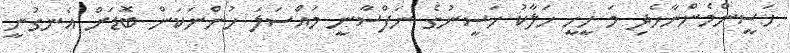
ހަސީންމެންނާހެދި މަ ހީހީ ހަލާކު ހަސީނުގެ ނަފްސާނީ މައްސަލަ ހުންނަކަން ބޮޑަށް އެނގުނީ